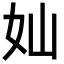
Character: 奾